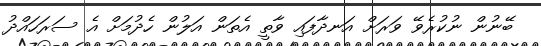
ބޭނުން ނުކުރެވޭ ވަރަށް އަނދާފައި ވާތީ އެތަން އަލުން ހެދުމަށް އެ ސަރަހައްދު